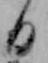
日